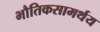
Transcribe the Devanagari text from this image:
भौतिकसामर्थय